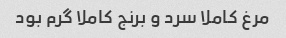
مرغ کاملا سرد و برنج کاملا گرم بود